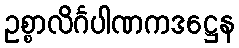
ဥစ္စာလိင်္ဂပါဏကဒဋ္ဌေန